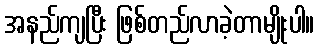
အနည်ကျပြီး ဖြစ်တည်လာခဲ့တာမျိုးပါ။